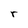
Character: r